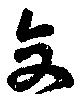
交